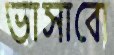
ভাসাবো